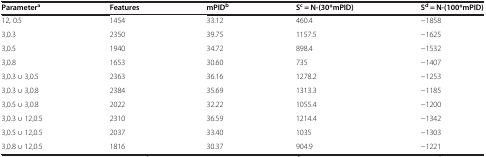
<table><thead><tr><td><b>Parameter<sup>a</sup></b></td><td><b>Features</b></td><td><b>mPID<sup>b</sup></b></td><td><b>S<sup>c</sup> = N-(30*mPID)</b></td><td><b>S<sup>d</sup> = N-(100*mPID)</b></td></tr></thead><tbody><tr><td>12, 0.5</td><td>1454</td><td>33.12</td><td>460.4</td><td>−1858</td></tr><tr><td>3,0.3</td><td>2350</td><td>39.75</td><td>1157.5</td><td>−1625</td></tr><tr><td>3,0.5</td><td>1940</td><td>34.72</td><td>898.4</td><td>−1532</td></tr><tr><td>3,0.8</td><td>1653</td><td>30.60</td><td>735</td><td>−1407</td></tr><tr><td>3,0.3 υ 3,0.5</td><td>2363</td><td>36.16</td><td>1278.2</td><td>−1253</td></tr><tr><td>3,0.3 υ 3,0.8</td><td>2384</td><td>35.69</td><td>1313.3</td><td>−1185</td></tr><tr><td>3,0.5 υ 3,0.8</td><td>2022</td><td>32.22</td><td>1055.4</td><td>−1200</td></tr><tr><td>3,0.3 υ 12,0.5</td><td>2310</td><td>36.59</td><td>1214.4</td><td>−1342</td></tr><tr><td>3,0.5 υ 12,0.5</td><td>2037</td><td>33.40</td><td>1035</td><td>−1303</td></tr><tr><td>3,0.8 υ 12,0.5</td><td>1816</td><td>30.37</td><td>904.9</td><td>−1221</td></tr></tbody></table>